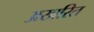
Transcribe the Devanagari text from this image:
अखरित